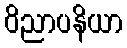
ဝိညာပနိယာ